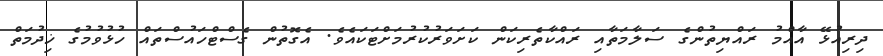
ދިރިއުޅޭ އާއްމު ރައްޔިތުންގެ ސަލާމަތާއި ރައްކާތެރިކަން ކަށަވަރުކުރުމަށްޓަކައެވެ. އެގޮތުން ގެސްޓްހައުސްތައް ހުޅުވުމުގެ ޚިދުމަތް